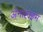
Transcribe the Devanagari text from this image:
ॲनाहाइम